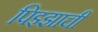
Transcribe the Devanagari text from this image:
पिझ्झाची